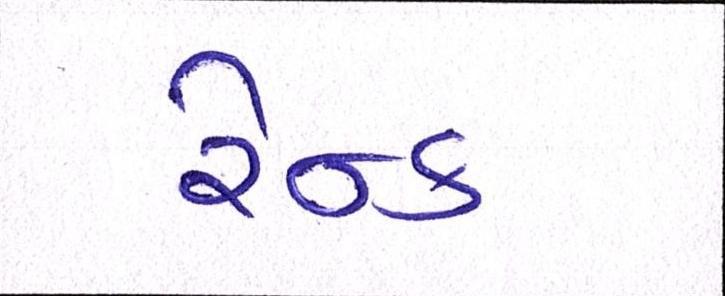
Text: રેન્ક